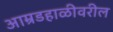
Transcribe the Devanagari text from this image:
आम्रडहाळीवरील